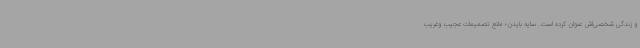
و زندگی شخصی‌اش عنوان کرده است. سایه بایدن؛ مانع تصمیمات عجیب وغریب